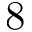
8